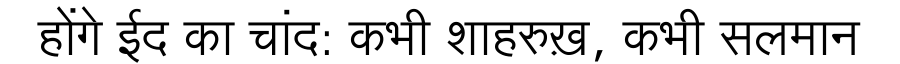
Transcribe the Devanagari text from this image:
होंगे ईद का चांद: कभी शाहरुख़, कभी सलमान